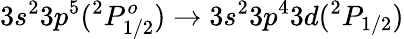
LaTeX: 3s^{2}3p^{5}(^{2}P_{1/2}^{o})\rightarrow 3s^{2}3p^{4}3d(^{2}P_{1/2})